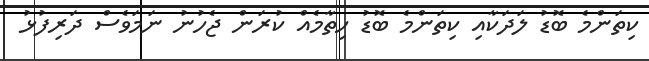
ކިތަންމެ ބޮޑު ލަދަކާއި ކިތަންމެ ބޮޑު ހިތާމެއް ކުރަން ޖެހުނު ނަމަވެސް ދަރިފުޅު